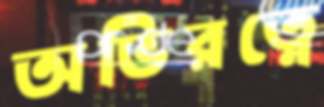
অভিরত্নে